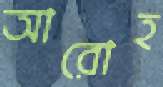
আরোহ